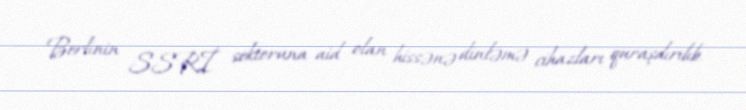
Berlinin SSRİ sektoruna aid olan hissənə dinləmə cihazları quraşdırılıb.